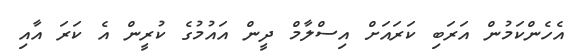
އެހެންކަމުން އަރަބި ކަރައަށް އިސްލާމް ދީން އައުމުގެ ކުރީން އެ ކަރަ އާއި